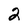
Character: 2